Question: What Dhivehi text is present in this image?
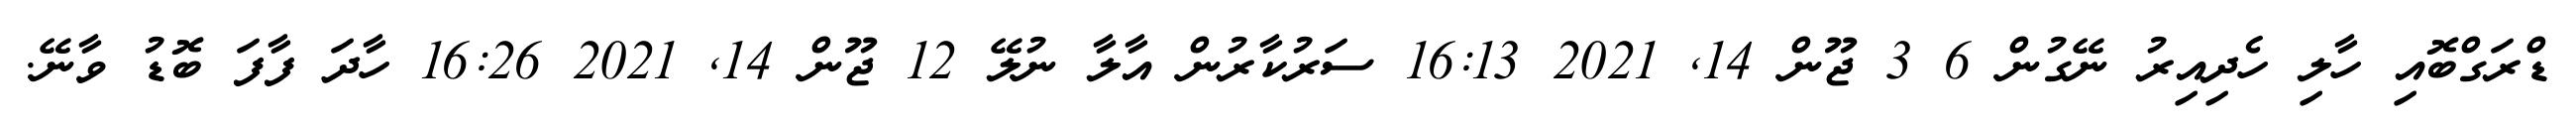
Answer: ޑްރަގްބޮއި ހާލި ހެދިއިރު ނޭގުން 6 3 ޖޫން 14, 2021 16:13 ސަރުކާރުން އާލާ ނުލޭ 12 ޖޫން 14, 2021 16:26 ހާދަ ފާފަ ބޮޑު ވާނޭ.